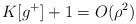
LaTeX: \begin{align*} K[g^+]+1=O(\rho^2)\end{align*}